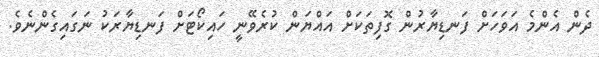
ދެން އެންމެ އަވަހަށް ފަނޑިޔާރުން ގޮފިތަކަށް އައްޔަން ކުރެވޭނީ ހައިކޯޓަށް ފަނޑިޔާރަކު ނަގައިގެންނެވެ.